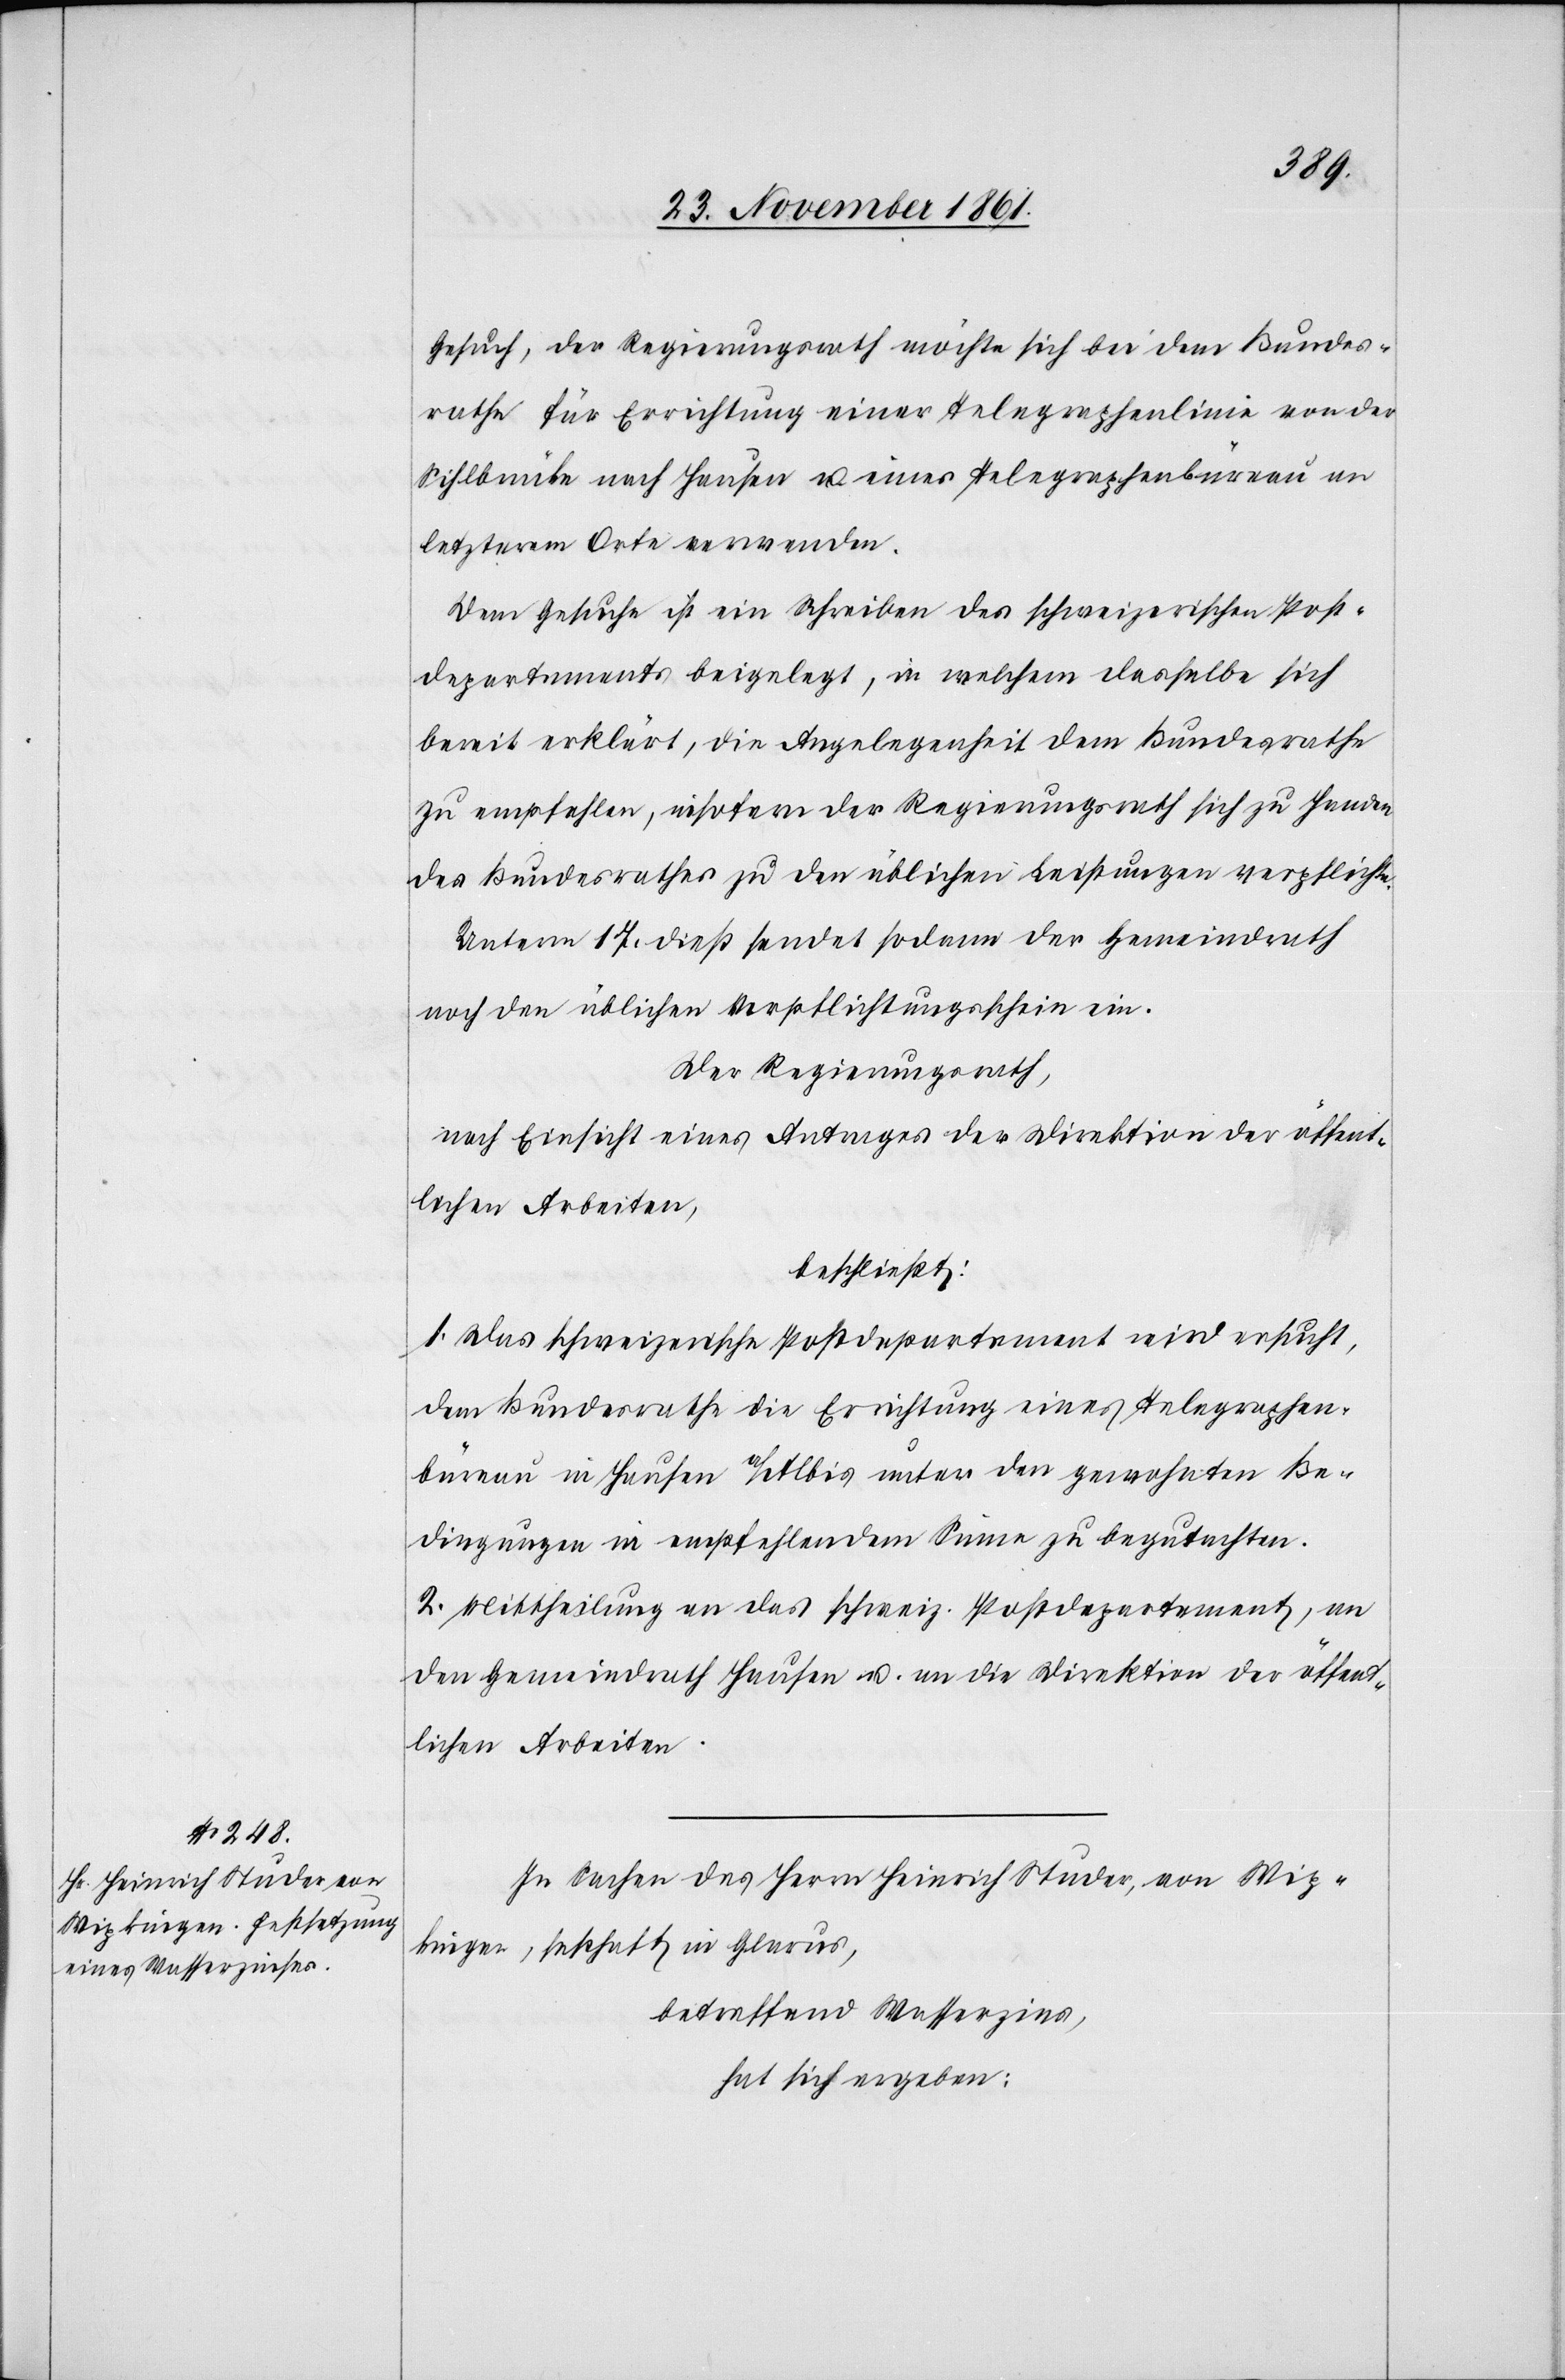
Gesuch, der Regierungsrath möchte sich bei dem Bundes¬
rathe für Errichtung einer Telegraphenlinie von der
Sihlbrücke nach Hausen u. eines Telegraphenbüreau an
letzterem Orte verwenden.
Dem Gesuche ist ein Schreiben des schweizerischen Post¬
departements beigelegt, in welchem dasselbe sich
bereit erklärt, die Angelegenheit dem Bundesrathe
zu empfehlen, insofern der Regierungsrath sich zu Handen
des Bundesrathes zu den üblichen Leistungen verpflichte.
Unterm 17 dieß sendet sodann der Gemeindrath
noch den üblichen Verpflichtungsschein ein.
Der Regierungsrath,
nach Einsicht eines Antrages der Direktion der öffent¬
lichen Arbeiten,
beschließt:
1. Das schweizerische Postdepartement wird ersucht,
dem Bundesrathe die Errichtung eines Telegraphen¬
büreau in Hausen a/Albis unter den gewohnten Be¬
dingungen in empfehlendem Sinne zu begutachten
2. Mittheilung an das schweiz. Postdepartement, an
den Gemeindrath Hausen u. an die Direktion der öffent¬
lichen Arbeiten.
In Sachen des Herrn Heinrich Studer, von Wip¬
kingen, seßhaft in Glarus,
betreffend Wasserzins,
hat sich ergeben: